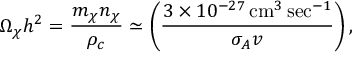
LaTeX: \Omega _ { \chi } h ^ { 2 } = { \frac { m _ { \chi } n _ { \chi } } { \rho _ { c } } } \simeq \left( { \frac { 3 \times 1 0 ^ { - 2 7 } \, \mathrm { c m } ^ { 3 } \, \mathrm { s e c } ^ { - 1 } } { \sigma _ { A } v } } \right) ,